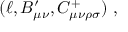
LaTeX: ( \ell , B _ { \mu \nu } ^ { \prime } , C _ { \mu \nu \rho \sigma } ^ { + } ) \ ,